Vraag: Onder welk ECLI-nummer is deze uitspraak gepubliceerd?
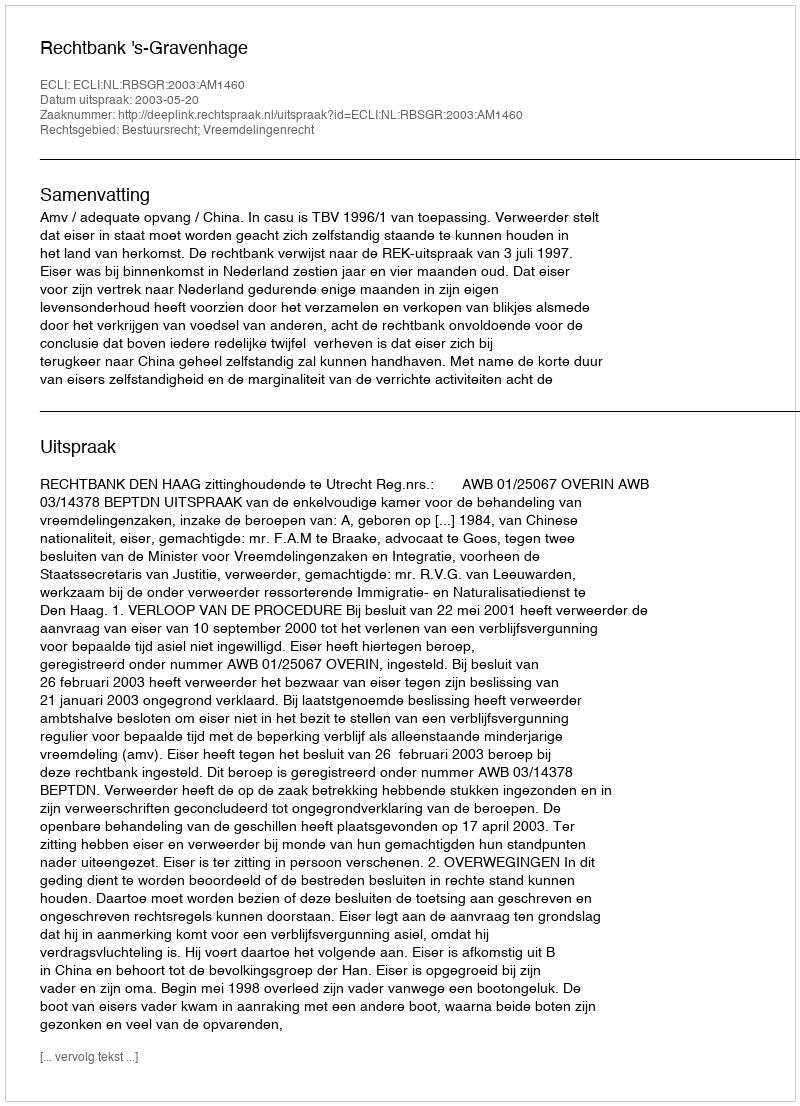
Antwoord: ECLI:NL:RBSGR:2003:AM1460